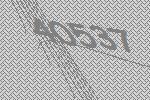
40537